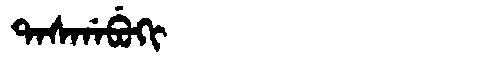
Manchu: ᡨᠠᠰᡤᠠᠪᡠᡴᡳ
Romanization: TASGABUKI